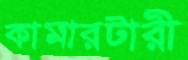
কামারটারী